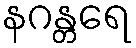
နဂန္တရေ